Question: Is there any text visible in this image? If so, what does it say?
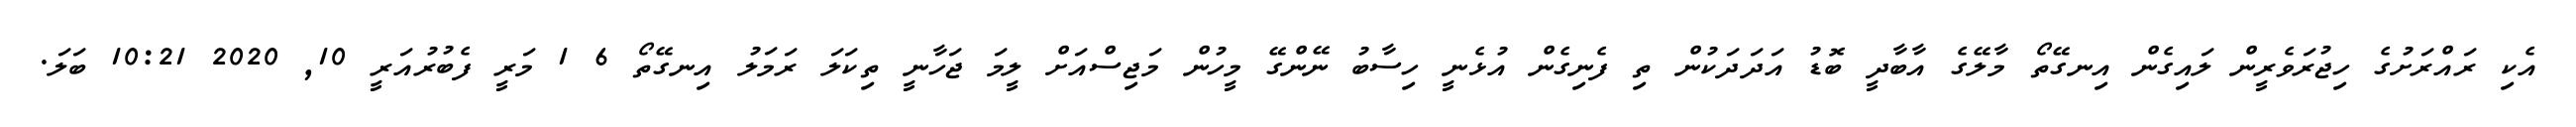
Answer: އެކި ރައްރަށުގެ ހިޖުރަވެރީން ލައިގެން އިނގޭތޯ މާލޭގެ އާބާދީ ބޮޑު އަދަދަކުން ތި ފެނިގެން އުޅެނީ ހިސާބު ނޭންގޭ މީހުން މަޖިސްއަށް ލީމަ ޖަހާނީ ތިކަލަ ރަމަލު އިނގޭތޯ 6 1 މަރީ ފެބުރުއަރީ 10, 2020 10:21 ބަލަ.